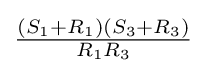
{\tfrac {(S_{1}+R_{1})(S_{3}+R_{3})}{R_{1}R_{3}}}